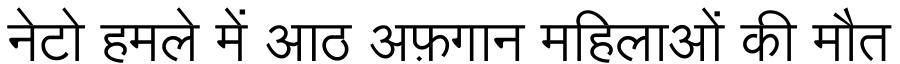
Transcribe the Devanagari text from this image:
नेटो हमले में आठ अफ़गान महिलाओं की मौत